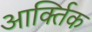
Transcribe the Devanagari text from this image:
आर्क्तिक